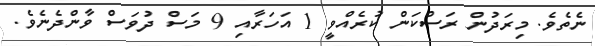
ނެތެވެ. މިރަދުން ރަސްކަން ކުރެއްވީ 1 އަހަރާއި 9 މަސް ދުވަސް ވާންދެނެވެ.